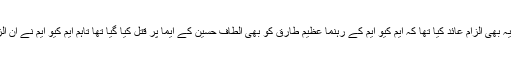
اس کے علاوہ اُنھوں نے یہ بھی الزام عائد کیا تھا کہ ایم کیو ایم کے رہنما عظیم طارق کو بھی الطاف حسین کے ایما پر قتل کیا گیا تھا تاہم ایم کیو ایم نے ان الزامات کی تردید کی تھی۔